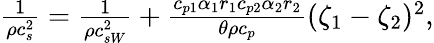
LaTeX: \begin{array}{r}{\frac{1}{\rho c_{s}^{2}}=\frac{1}{\rho c_{sW}^{2}}+\frac{c_{p1}\alpha_{1}r_{1}c_{p2}\alpha_{2}r_{2}}{\theta\rho c_{p}}(\zeta_{1}-\zeta_{2})^{2},}\end{array}